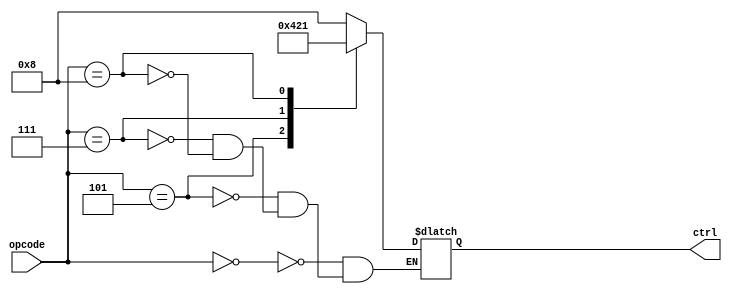
module control(opcode, ctrl);
	//ctrl_rtype, ctrl_itype, ctrl_sw, ctrl_lw
	input [4:0] opcode;
	output reg [3:0] ctrl;
	
	always @(opcode)
		case(opcode)
			5'b00000: ctrl = 4'b1000; //add
			5'b00101: ctrl = 4'b0100; //addi
			5'b00111: ctrl = 4'b0010; //sw
			5'b01000: ctrl = 4'b0001; //lw
		endcase
endmodule